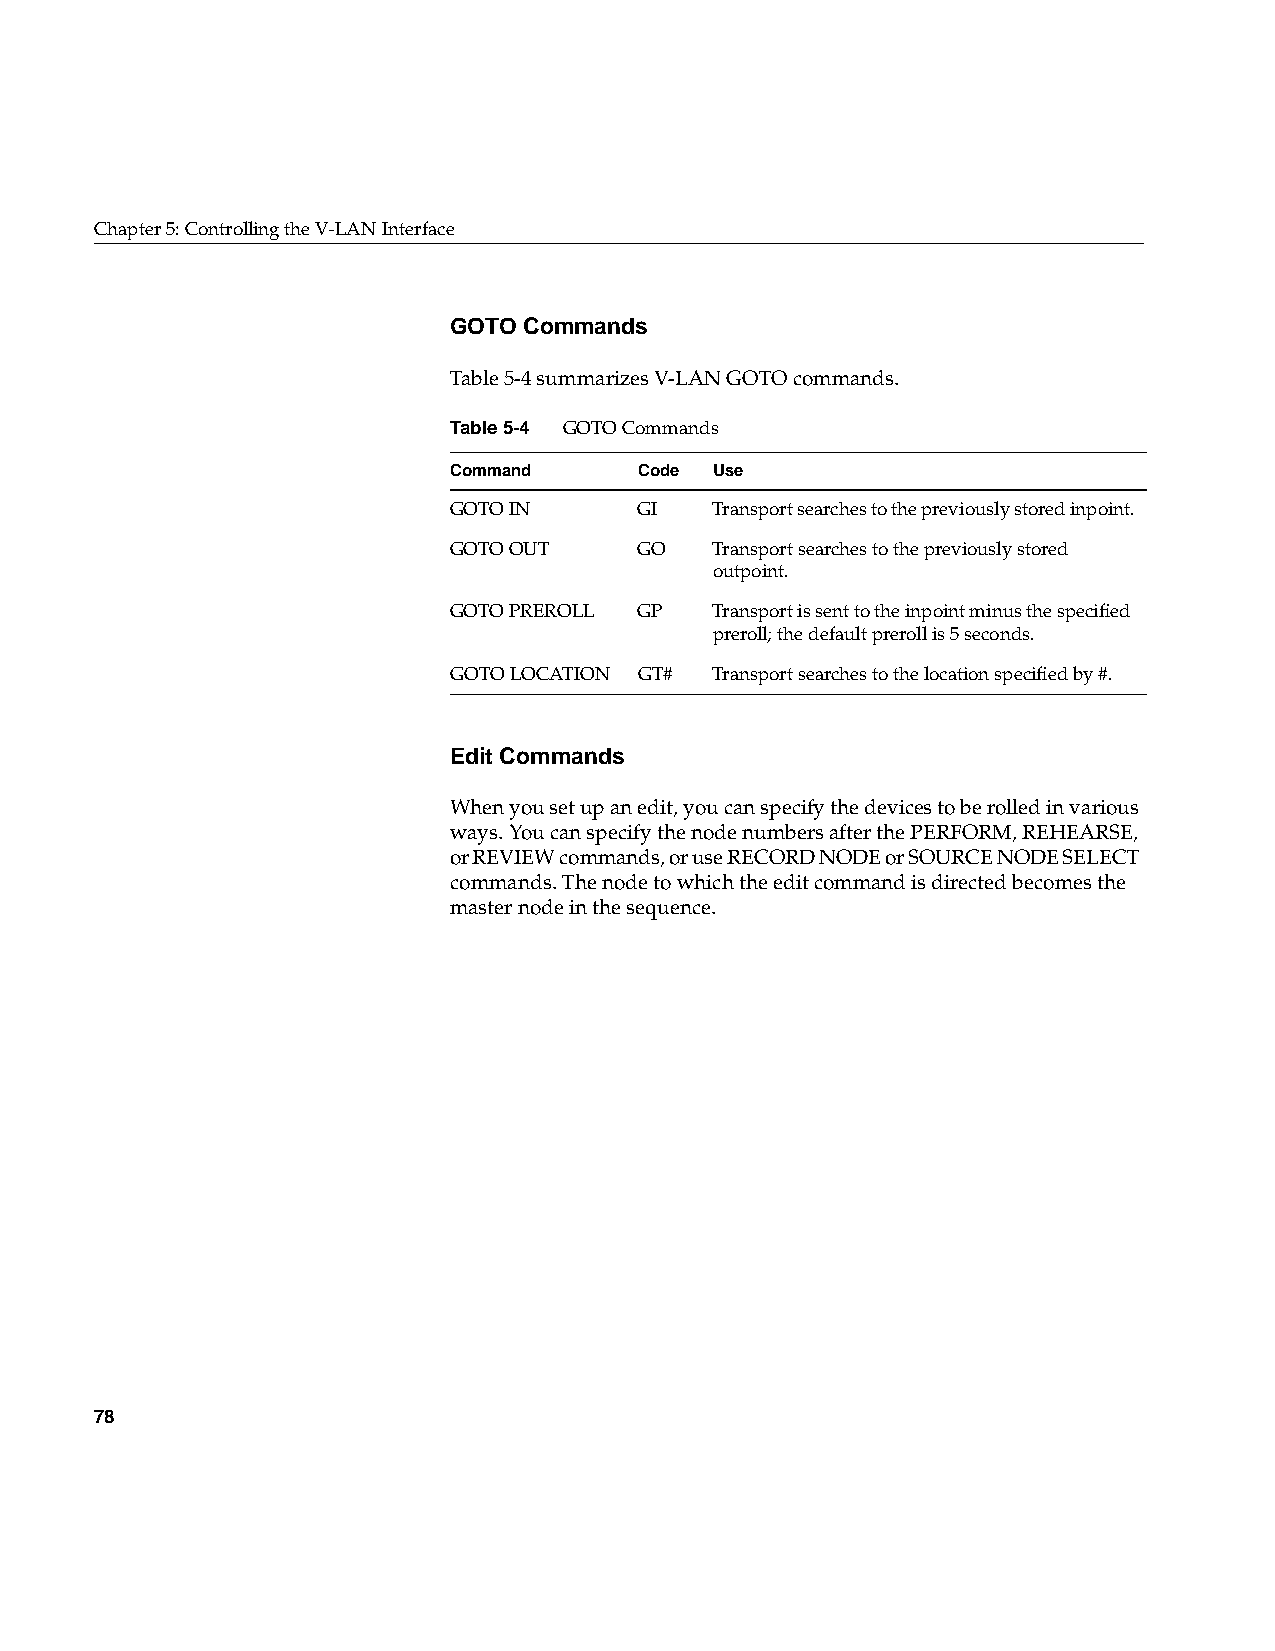
Chapter5: Controlling the V-LAN Interface
 GOTO Commands
 Table5-4 summarizes V-LAN GOTO commands.
 Table5-4 GOTO Commands
 Command     Code Use
 GOTO IN     GI   Transport searches to the previously stored inpoint.
 GOTO OUT    GO   Transport searches to the previously stored
 outpoint.
 GOTO PREROLL GP  Transport is sent to the inpoint minus the specified
 preroll; the default preroll is 5 seconds.
 GOTO LOCATION GT# Transport searches to the location specified by #.
 Edit Commands
 When you set up an edit, you can specify the devices to be rolled in various
 ways. You can specify the node numbers after the PERFORM, REHEARSE,
 or REVIEW commands, or use RECORD NODE or SOURCE NODE SELECT
 commands. The node to which the edit command is directed becomes the
 master node in the sequence.
 78